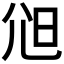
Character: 𡯒